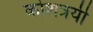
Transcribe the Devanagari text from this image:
कोशत्रयी